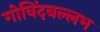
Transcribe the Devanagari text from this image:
गोविंदबल्लभ